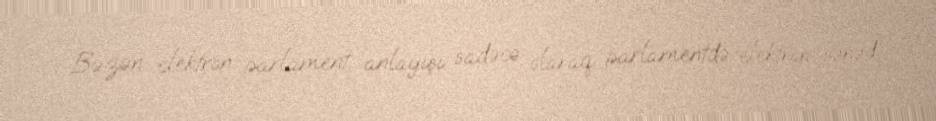
Bəzən elektron parlament anlayışı sadəcə olaraq parlamentdə elektron sənəd